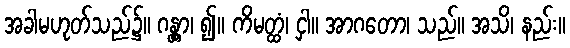
အခါမဟုတ်သည်၌။ ဂန္တွာ၊ ၍။ ကိမတ္ထံ၊ ငှါ။ အာဂတော၊ သည်။ အသိ၊ နည်း။